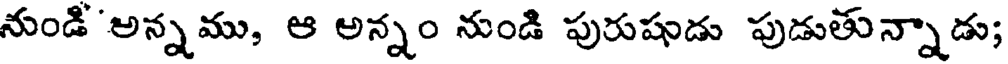
నుండి అన్నము, ఆ అన్నం నుండి పురుషుడు పుడుతున్నాడు;